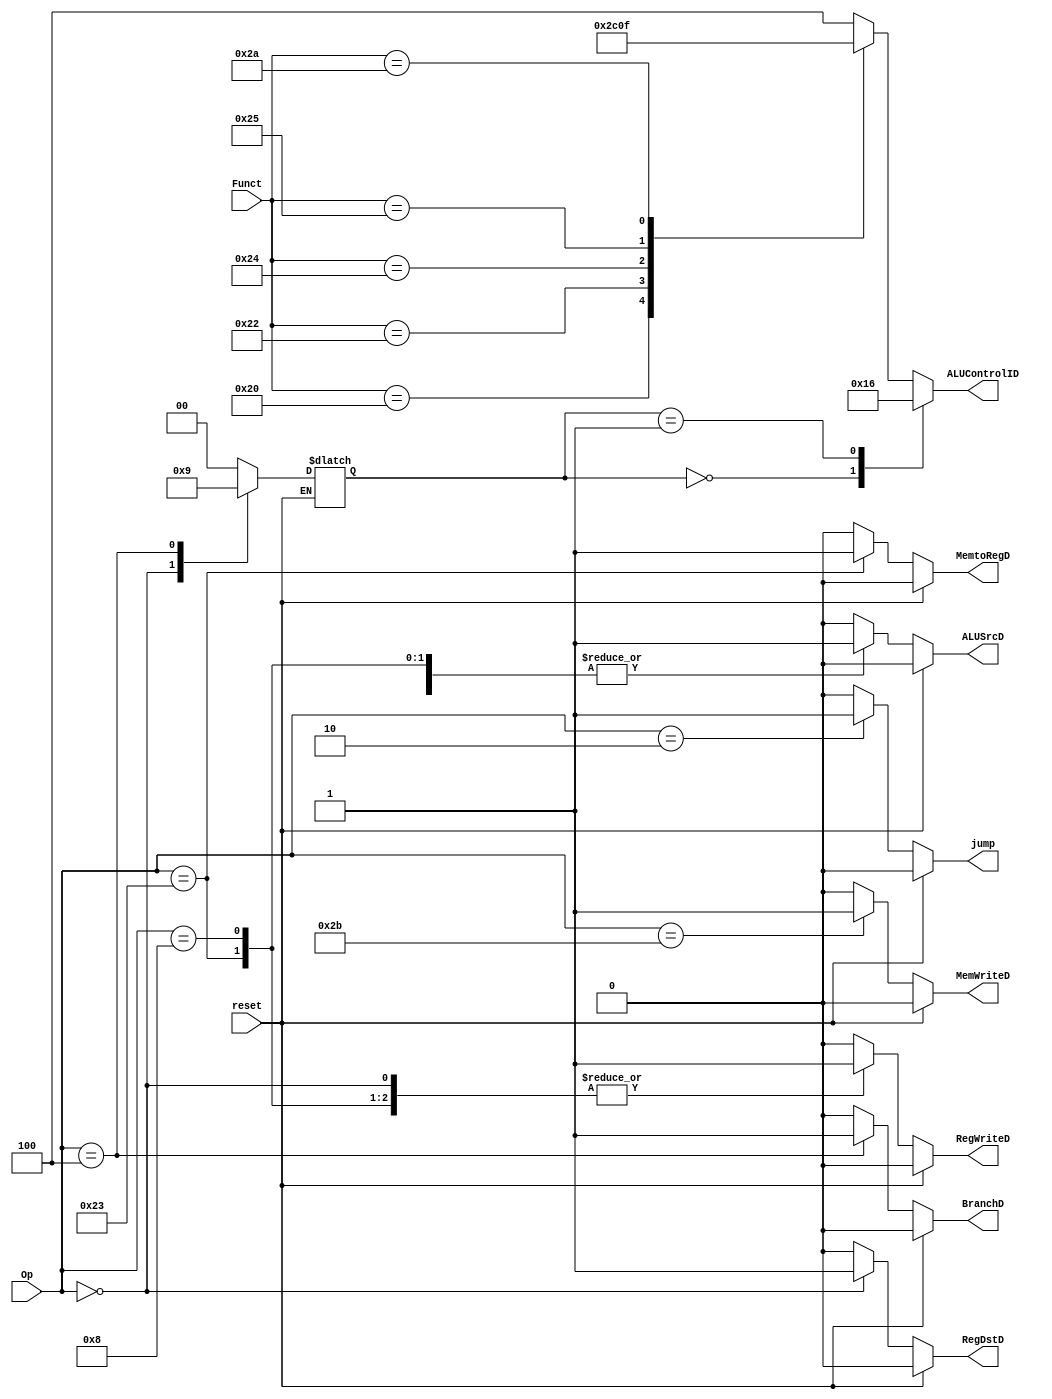
module control_unit(reset,Op,Funct,RegWriteD,MemtoRegD,MemWriteD,BranchD,ALUControlID,ALUSrcD,RegDstD,jump);
input reset; 
input [5:0] Op,Funct ;
reg [1:0]ALUOp;
output reg RegWriteD,MemtoRegD,MemWriteD,BranchD,ALUSrcD,RegDstD,jump;
output reg  [2:0]ALUControlID;

always@(*) begin
if(reset)
begin
MemtoRegD=0;
MemWriteD=0;
BranchD=0;
ALUSrcD=0;
RegDstD=0;
RegWriteD=0;
jump = 0;
end else 
begin
ALUOp=0;
case(Op)
'b000000:  begin
MemtoRegD=0;
MemWriteD=0;
BranchD=0;
ALUSrcD=0;
RegDstD=1;
RegWriteD=1;
ALUOp=2;
jump = 0;
end 
'b100011:  begin
MemtoRegD=1;
MemWriteD=0;
BranchD=0;
ALUSrcD=1;
RegDstD=0;
RegWriteD=1;
ALUOp=0;
jump = 0;
end 
'b101011:  begin
MemtoRegD=0;
MemWriteD=1;
BranchD=0;
ALUSrcD=1;
RegDstD=0;
RegWriteD=0;
ALUOp=0;
jump = 0;
end 
'b000100:  begin
MemtoRegD=0;
MemWriteD=0;
BranchD=1;
ALUSrcD=0;
RegDstD=0;
RegWriteD=0;
ALUOp=1;
jump = 0;
end 
'b001000:  begin
MemtoRegD=0;
MemWriteD=0;
BranchD=0;
ALUSrcD=1;
RegDstD=0;
RegWriteD=1;
ALUOp=0;
jump = 0;
end 
'b000010:  begin
MemtoRegD=0;
MemWriteD=0;
BranchD=0;
ALUSrcD=0;
RegDstD=0;
RegWriteD=0;
ALUOp=0;
jump = 1;
end 
default:
begin
MemtoRegD='b0;
MemWriteD='b0;
BranchD='b0;
ALUSrcD='b0;
RegDstD='b0;
RegWriteD='b0;
ALUOp='b0;
jump = 0;
end

endcase
end
end
always@(*) begin
case(ALUOp)
0:begin
ALUControlID=3'b010;
end
1:begin//1 or 3
ALUControlID=3'b110;
end
(2'b10 || 2'b11):begin
case (Funct)
'b100000: ALUControlID=3'b010;
'b100010: ALUControlID=3'b110;
'b100100:ALUControlID=3'b000;
'b100101:ALUControlID=3'b001;
'b101010:ALUControlID=3'b111;
default: ALUControlID=3'b100;
endcase
end
default:begin
case (Funct)
'b100000: ALUControlID=3'b010;
'b100010: ALUControlID=3'b110;
'b100100:ALUControlID=3'b000;
'b100101:ALUControlID=3'b001;
'b101010:ALUControlID=3'b111;
default: ALUControlID=3'b100;
endcase
end
endcase
end
endmodule